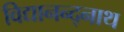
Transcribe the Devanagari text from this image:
विद्यानन्द्नाथ